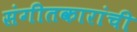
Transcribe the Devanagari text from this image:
संगीतकारांची